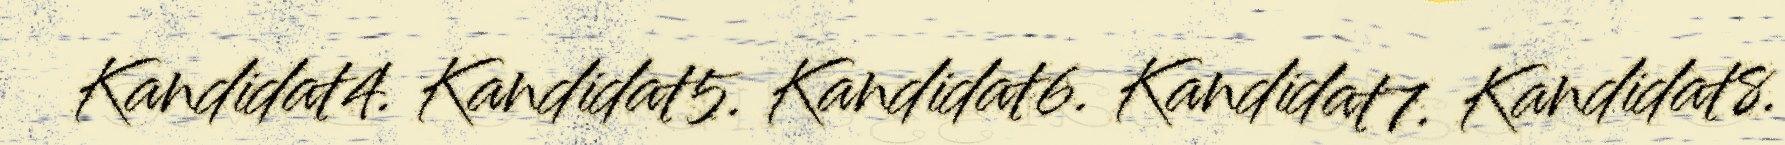
Kandidat4. Kandidat5. Kandidat6. Kandidat7. Kandidat8.